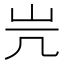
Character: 𡵂